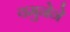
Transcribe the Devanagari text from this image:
यमुनेने